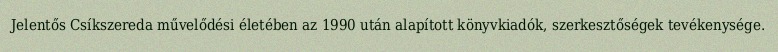
Jelentős Csíkszereda művelődési életében az 1990 után alapított könyvkiadók, szerkesztőségek tevékenysége.